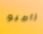
رامبو